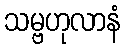
သမ္ဗဟုလာနံ